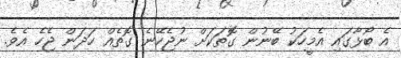
އެ ބޯޅާގައި އެމީހަކު ބޭނުން ގޮތަކަށް ނުޖެހޭނެ ގޮތެއް ހަދަން ޖެހެ އެވެ.